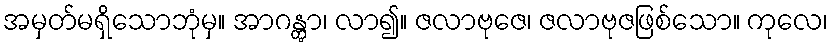
အမှတ်မရှိသောဘုံမှ။ အာဂန္တွာ၊ လာ၍။ ဇလာဗုဇေ၊ ဇလာဗုဇဖြစ်သော။ ကုလေ၊